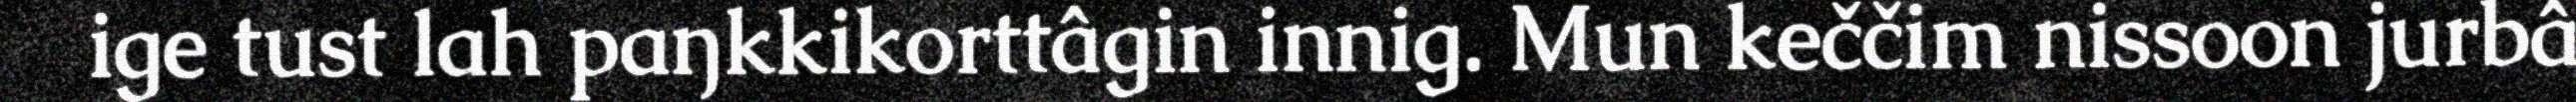
ige tust lah paŋkkikorttâgin innig. Mun keččim nissoon jurbâ